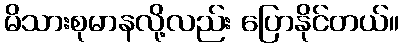
မိသားစုမာနလို့လည်း ပြောနိုင်တယ်။